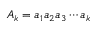
A _ { k } = a _ { 1 } a _ { 2 } a _ { 3 } \cdots a _ { k }